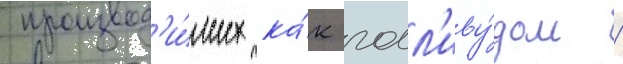
производ'и́мых ка́к голл'иву́дом /